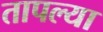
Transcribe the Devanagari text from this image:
तापल्या